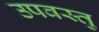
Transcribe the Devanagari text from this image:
उपवस्तु